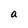
Character: a